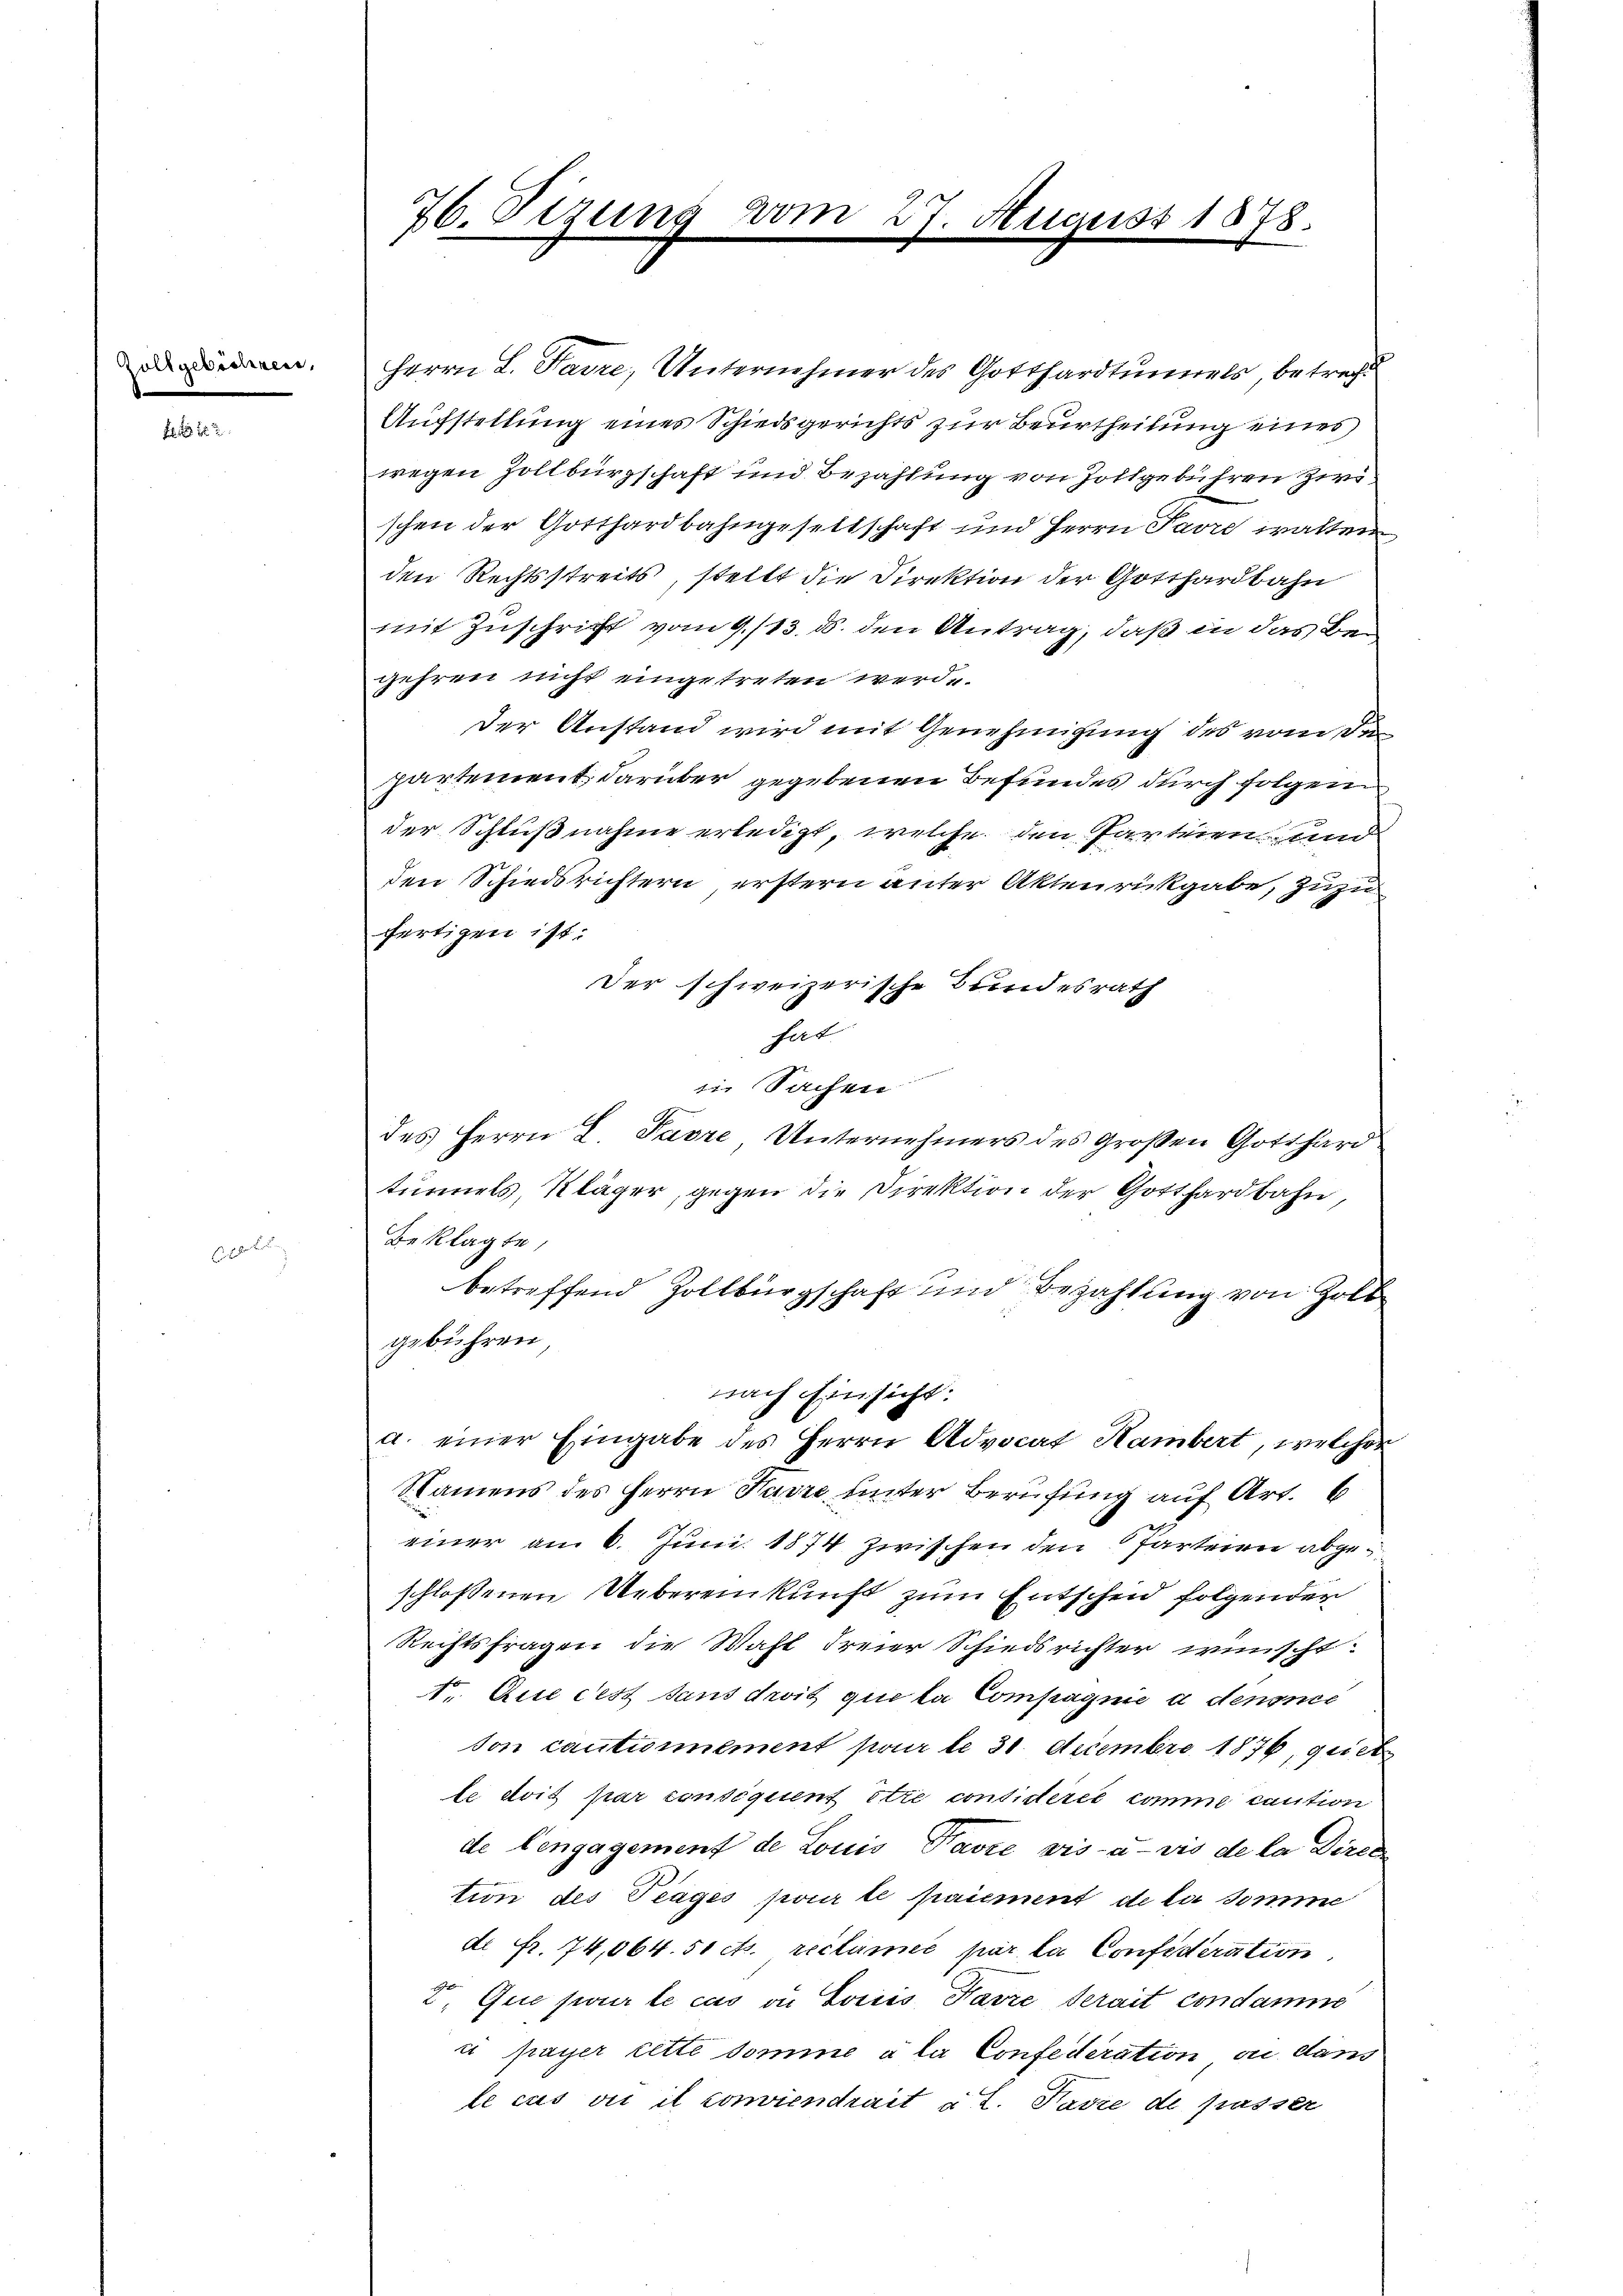
Zoltgebührens,

76. Sizung

1

7. August 1878.
E

Herrn L. Favre, Unternehmer des Gotthardtunnels betrecht
Aufstellung eines Schiedsgerichts zur Beurtheilung eines
wegen Zollbürgschaft und Bezahlung von Zottgebühren zwischen der Gotthardbahngeseltschaft und Herrn Parre walten
den Rechtsstreits, stellt die Direktion der Gotthardbahn
mit Zuschrift vom 9./13. ds. den Antrag, daß in das Begehren nicht eingetreten werde
Der Anstand wird mit Genehmigung des von de
partement, darüber gegebenen Befundes durch folgen
der Schlußnahme erledigt, welche den Parteien und
den Schiedsrichtern erstern unter Aktenrückgabe, zuzu
fertigen ist.
Der schweizerische Bundesrath
hat.
in Sachen
des Herrn L. Pavre Unternehmers des großen Gotthardtunnels, Kläger, gegen die Direktion der Gotthardbahn,
Beklagte,
betreffend Zollbürgschaft und Bezahlung von Holb
gebühren,
nach Einsicht:
a. einer Eingabe des Herrn Advocat Hambert, welcher
Namens des Herrn Parre unter Berufung auf Art. 6
einer am 6. Juni 1874 zwischen den Parteien abgeschlossenen Uebereinkunft zum Entscheid folgender
Rechtsfragen die Wahl Freier Schiedsrichter wünscht.
1. Aue dest dans droit que la Compagnie a dénonce
ton cautionnement par le 31. Decembre 1876, gieb
le doit par consequent être consideret comme caution
de Cengagement de Louis Favre vis-à-vis de la Direc
tion des Trages pour le paiement de la somme
dt Fr. 74,064. 51 cts. reclamer par la Confideration,
I. Que sur le cas du Sociis Favre serait condamne
it payer lette domine a la Confederation an dans
le cus vii il conviendrait à t. Favre de passer